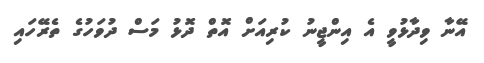
އޭނާ ވިދާޅުވީ އެ އިންޖީނު ކުރިއަށް އޮތް ދޮޅު މަސް ދުވަހުގެ ތެރޭހައި